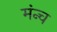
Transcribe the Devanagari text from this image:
मंन्च